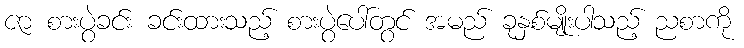
ဇာ စားပွဲခင်း ခင်းထားသည့် စားပွဲပေါ်တွင် အမည် ခုနှစ်မျိုးပါသည့် ညစာကို